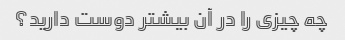
چه چیزی را در آن بیشتر دوست دارید؟